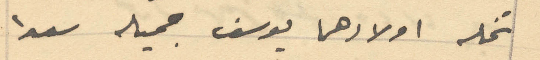
نخله اولادهما يوسف جميله سعدا